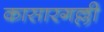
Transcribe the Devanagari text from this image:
कासारगल्ली